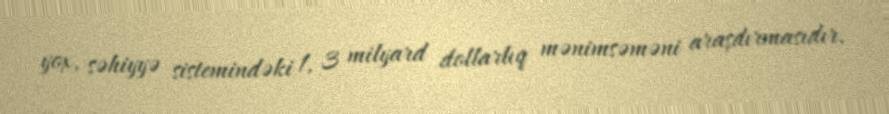
yox, səhiyyə sistemindəki 1, 3 milyard dollarlıq mənimsəməni araşdırmasıdır.